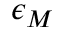
\epsilon _ { M }